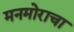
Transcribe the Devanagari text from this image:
मनमोराचा